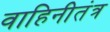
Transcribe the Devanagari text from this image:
वाहिनीतंत्र